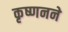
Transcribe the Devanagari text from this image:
कृष्णनने